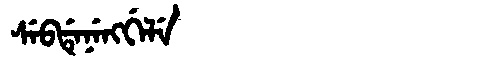
Manchu: ᠰᡝᠪᡩᡝᠨᡝᠩᡤᡝᠯᡝ
Romanization: SEBDENENGGELE